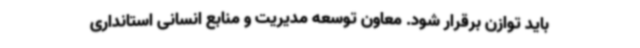
باید توازن برقرار شود. معاون توسعه مدیریت و منابع انسانی استانداری